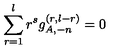
\sum _ { r = 1 } ^ { l } r ^ { s } g _ { A , - n } ^ { ( r , l - r ) } = 0